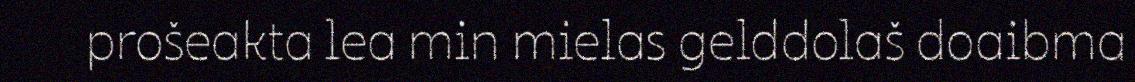
prošeakta lea min mielas gelddolaš doaibma